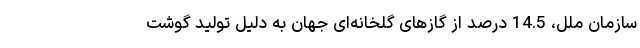
سازمان ملل، 14.5 درصد از گازهای گلخانه‌ای جهان به دلیل تولید گوشت